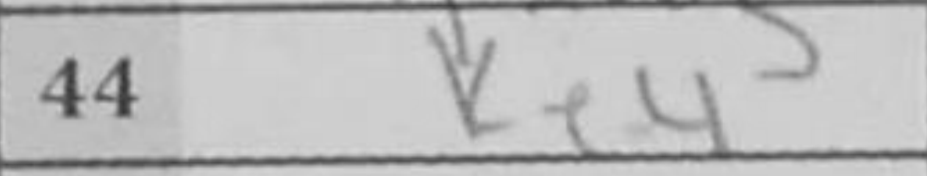
Transcription: Ke4